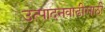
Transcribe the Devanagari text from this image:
उत्पादनवाढीसाठी